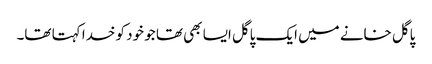
پاگل خانے میں ایک پاگل ایسا بھی تھا جو خود کو خدا کہتا تھا۔